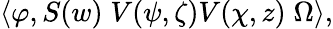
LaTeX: \left\langle\varphi,S(w)\; V(\psi,\zeta)V(\chi,z)\; \Omega\right\rangle,